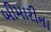
બીમારીના